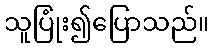
သူပြုံး၍ပြောသည်။